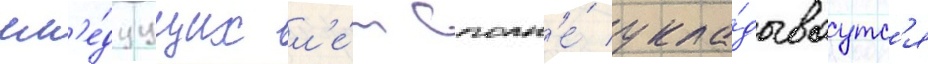
сл'е́дуущих л'е́т вполн'е́ укла́дываутс'я